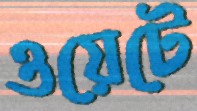
ওয়েটে